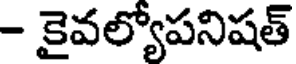
- కైవల్యోపనిషత్